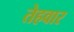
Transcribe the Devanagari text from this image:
तेहवार